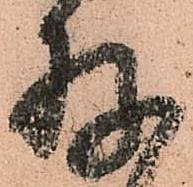
存